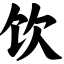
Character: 饮